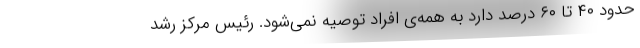
حدود ۴۰ تا ۶۰ درصد دارد به همه‌ی افراد توصیه نمی‌شود. رئیس مرکز رشد